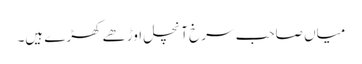
میاں صاحب سرخ آنچل اوڑھے کھڑے ہیں۔